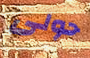
حولى